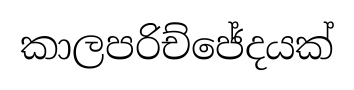
කාලපරිච්ජේදයක්